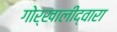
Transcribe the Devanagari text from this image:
गोर्खालीद्वारा